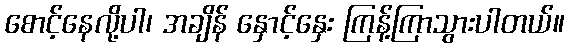
စောင့်နေလို့ပါ၊ အချိန် နှောင့်နှေး ကြန့်ကြာသွားပါတယ်။